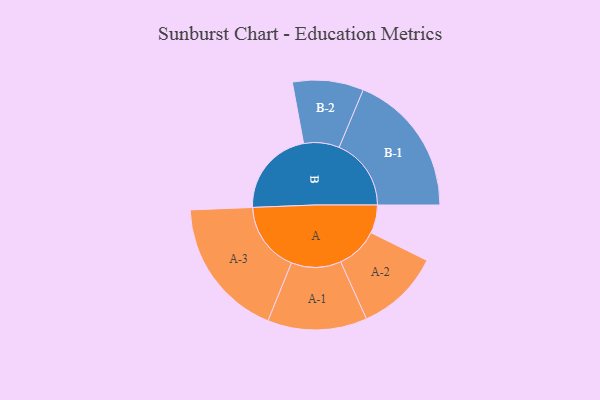
{"axis": {"x": "Segment", "y": "Value"}, "legend": ["", "A", "B"], "data": [{"x": "A", "y": 111, "type": ""}, {"x": "B", "y": 345, "type": ""}, {"x": "A-1", "y": 196, "type": "A"}, {"x": "A-2", "y": 166, "type": "A"}, {"x": "A-3", "y": 277, "type": "A"}, {"x": "B-1", "y": 284, "type": "B"}, {"x": "B-2", "y": 140, "type": "B"}]}